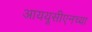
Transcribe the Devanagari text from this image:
आययूसीएनच्या